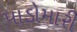
પાડોમારી